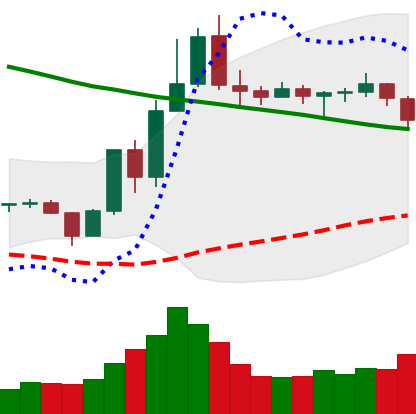
Ticker: TRX-USD
Chart end date: 2019-11-08
Forward return: 7.018%
Label: up_7plus